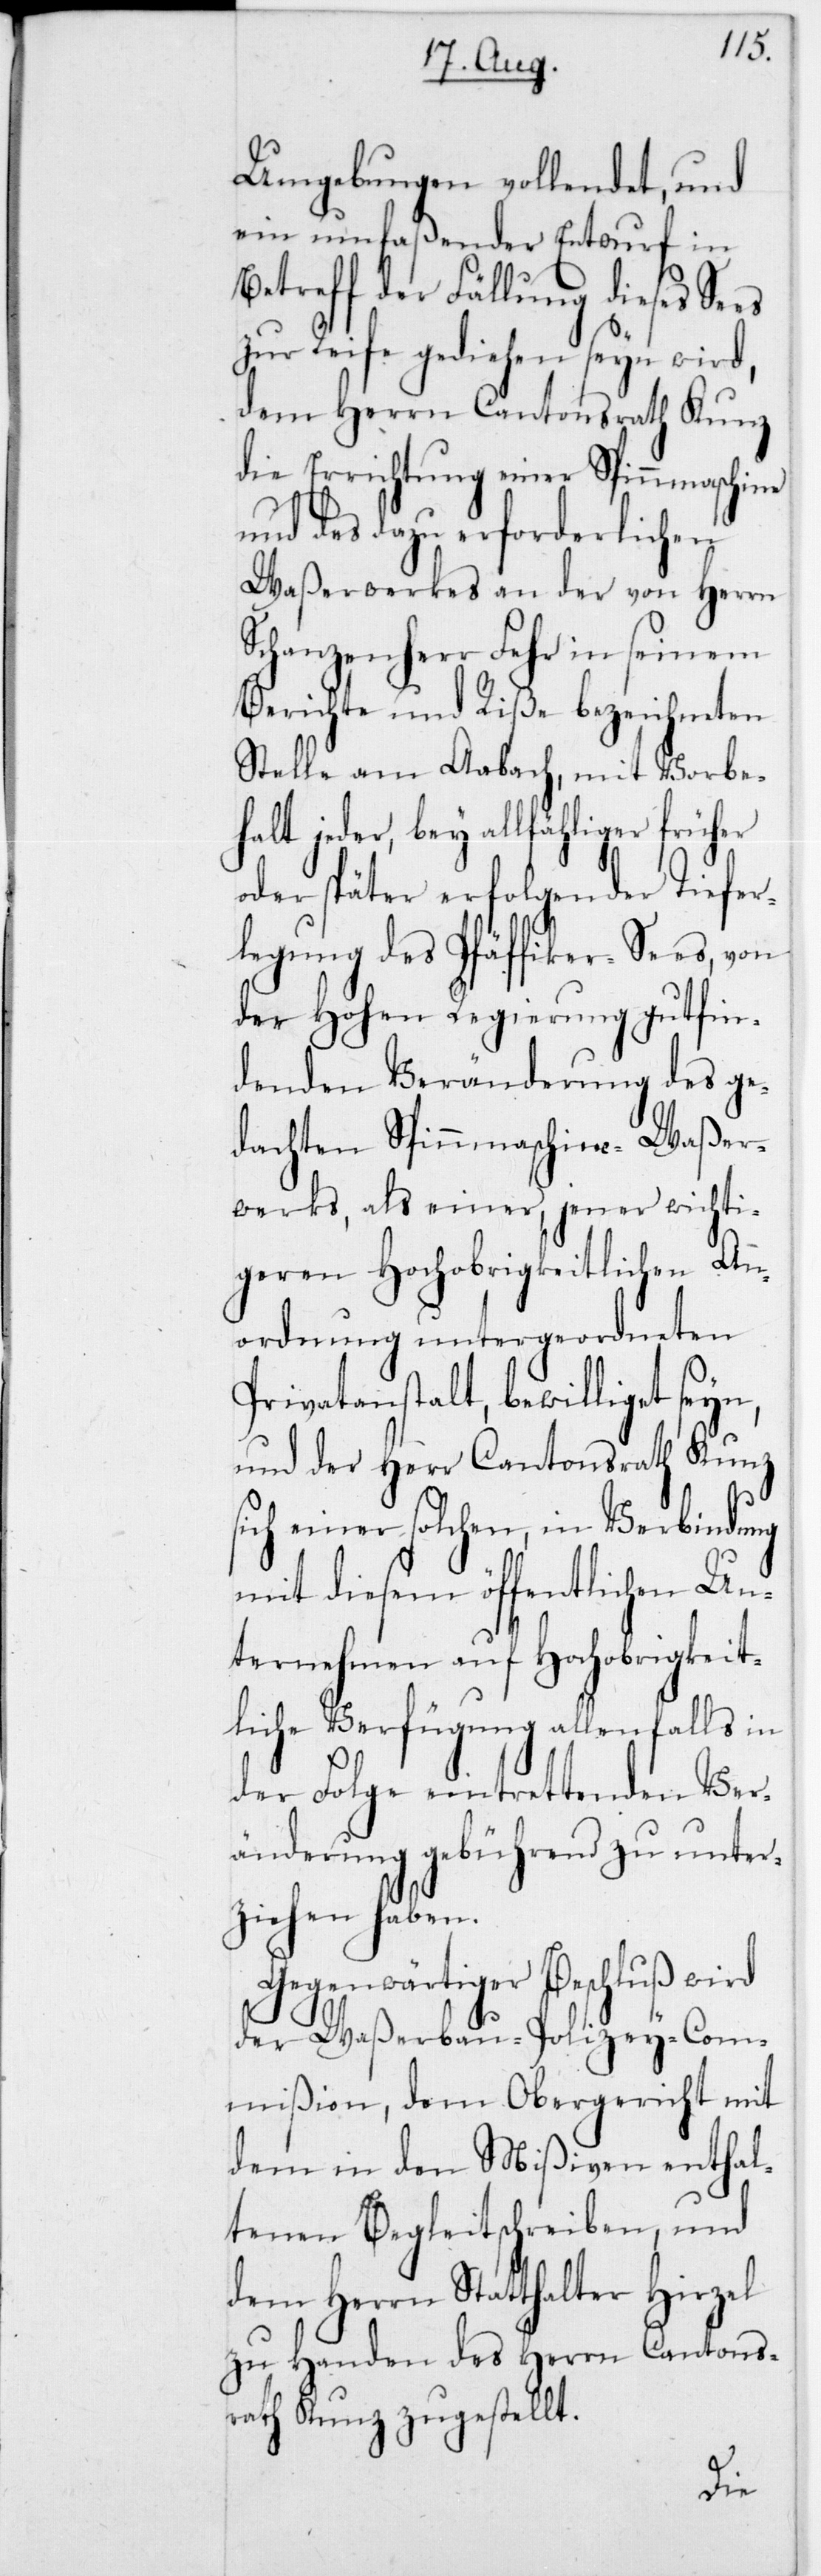
Umgebung vollendet, und
ein umfaßender Entwurf in
Betreff der Fällung dieses Sees
zur Reife gediehen seyn wird,
dem Herrn Cantonsrath Kunz
die Errichtung einer Spinnmaschi¬
und des dazu erforderlichen
Waßerwerkes an der von Herrn
Schanzenherr Fehr in seinem
Berichte und Riße bezeichneten
Stelle am Aabach, mit Vorbe¬
halt jeder, bey allfähliger früher
oder später erfolgender Tiefe¬
rlegung des Pfäffiker-Sees, von
der Hohen Regierung gut fin¬
denden Veränderung des ge¬
dachten Spinnmaschine-Waßer¬
werks, als einer, jener wichti¬
geren Hochobrigkeitlichen An¬
ordnung untergeordneten
Privatanstalt, bewilliget seyn,
und der Herr Cantonsrath Kunz
sich einer solchen, in Verbindung
mit diesem öffentlichen Un¬
ternehmen auf Hochobrigkeit¬
liche Verfügung allenfalls
der Folge eintrettenden Ver¬
änderung gebührend zu unter¬
ziehen haben.
Gegenwärtiger Beschluß wird
der Waßerbau-Polizey-Com¬
mißion, dem Obergericht mit
dem in den Mißiven enthal¬
tenen Begleitschreiben, und
dem Herrn Statthalter Hirzel
zu Handen des Herrn Cantons¬
rath Kunz zugestellt.
ne